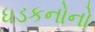
ધડકનોનો